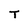
Character: T